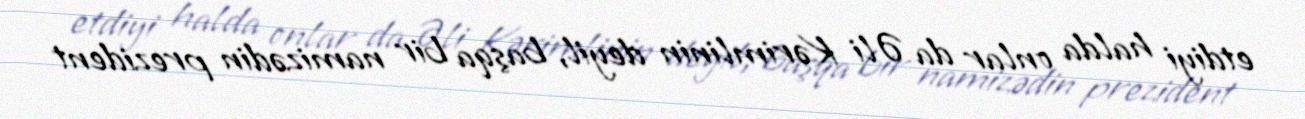
etdiyi halda onlar da Əli Kərimlinin deyil, başqa bir namizədin prezident